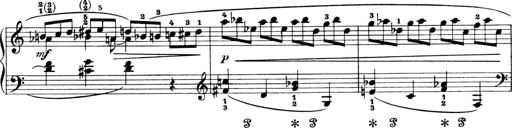
Title: 4 Sonatines
Composer: Max Reger